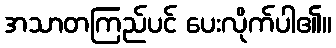
အသာတကြည်ပင် ပေးလိုက်ပါ၏။